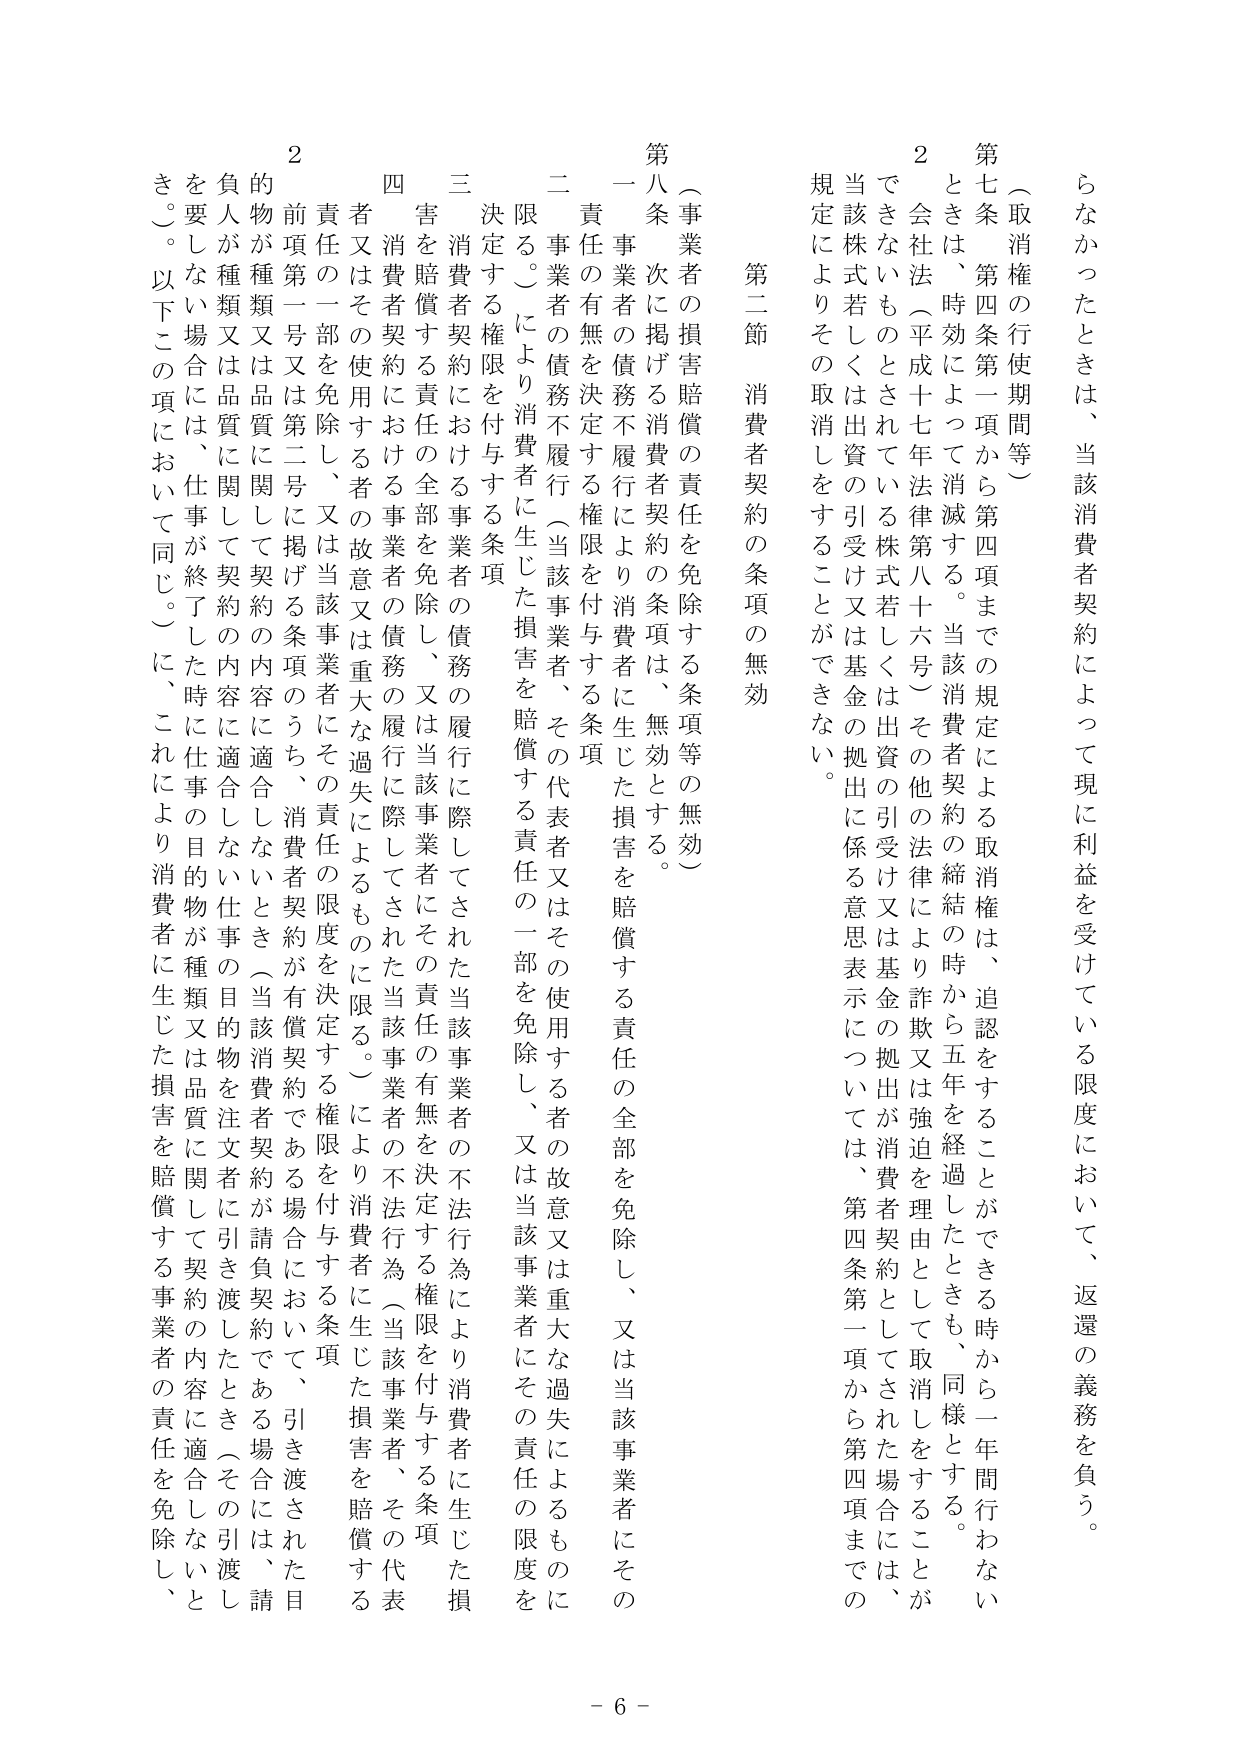
（取消権の行使期間等）

第七条 第四条第一項から第四項までの規定による取消権は、追認をすることができる時から一年間行わないときは、時効によって消滅する。当該消費者契約の締結の時から五年を経過したときも、同様とする。

２ 会社法（平成十七年法律第八十六号）その他の法律により詐欺又は強迫を理由として取消しをすることができないものとされている株式若しくは出資の引受け又は基金の拠出が消費者契約としてされた場合には、当該株式若しくは出資の引受け又は基金の拠出に係る意思表示については、第四条第一項から第四項までの規定によりその取消しをすることができない。

第二節 消費者契約の条項の無効

（事業者の損害賠償の責任を免除する条項等の無効）

第八条 次に掲げる消費者契約の条項は、無効とする。

一 事業者の債務不履行により消費者に生じた損害を賠償する責任の全部を免除し、又は当該事業者にその責任の有無を決定する権限を付与する条項

二 事業者の債務不履行（当該事業者、その代表者又はその使用する者の故意又は重大な過失によるものに限る。）により消費者に生じた損害を賠償する責任の一部を免除し、又は当該事業者にその責任の限度を決定する権限を付与する条項

三 消費者契約における事業者の債務の履行に際してされた当該事業者の不法行為により消費者に生じた損害を賠償する責任の全部を免除し、又は当該事業者にその責任の有無を決定する権限を付与する条項

四 消費者契約における事業者の債務の履行に際してされた当該事業者の不法行為（当該事業者、その代表者又はその使用する者の故意又は重大な過失によるものに限る。）により消費者に生じた損害を賠償する責任の一部を免除し、又は当該事業者にその責任の限度を決定する権限を付与する条項

２ 前項第一号又は第二号に掲げる条項のうち、消費者契約が有償契約である場合において、引き渡された目的物が種類又は品質に関して契約の内容に適合しないとき（当該消費者契約が請負契約である場合には、請負人が種類又は品質に関して契約の内容に適合しない仕事の目的物を注文者に引き渡したとき（その引渡しを要しない場合には、仕事が終了した時に仕事の目的物が種類又は品質に関して契約の内容に適合しないとき。）。以下この項において同じ。）に、これにより消費者に生じた損害を賠償する事業者の責任を免除し、